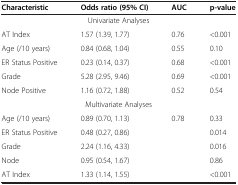
<table><thead><tr><td><b>Characteristic</b></td><td><b>Odds ratio (95% CI)</b></td><td><b>AUC</b></td><td><b>p-value</b></td></tr></thead><tbody><tr><td colspan="4">Univariate Analyses</td></tr><tr><td>AT Index</td><td>1.57 (1.39, 1.77)</td><td>0.76</td><td>&lt;0.001</td></tr><tr><td>Age (/10 years)</td><td>0.84 (0.68, 1.04)</td><td>0.55</td><td>0.10</td></tr><tr><td>ER Status Positive</td><td>0.23 (0.14, 0.37)</td><td>0.68</td><td>&lt;0.001</td></tr><tr><td>Grade</td><td>5.28 (2.95, 9.46)</td><td>0.69</td><td>&lt;0.001</td></tr><tr><td>Node Positive</td><td>1.16 (0.72, 1.88)</td><td>0.52</td><td>0.54</td></tr><tr><td colspan="4">Multivariate Analyses</td></tr><tr><td>Age (/10 years)</td><td>0.89 (0.70, 1.13)</td><td>0.78</td><td>0.33</td></tr><tr><td>ER Status Positive</td><td>0.48 (0.27, 0.86)</td><td> </td><td>0.014</td></tr><tr><td>Grade</td><td>2.24 (1.16, 4.33)</td><td> </td><td>0.016</td></tr><tr><td>Node</td><td>0.95 (0.54, 1.67)</td><td> </td><td>0.86</td></tr><tr><td>AT Index</td><td>1.33 (1.14, 1.55)</td><td> </td><td>&lt;0.001</td></tr></tbody></table>